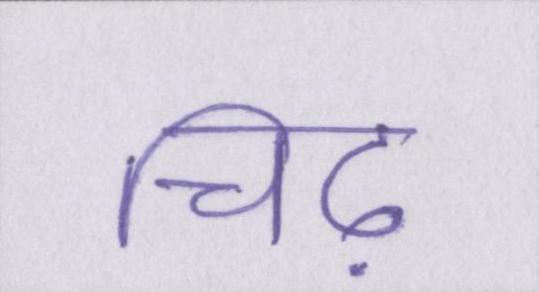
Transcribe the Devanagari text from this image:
चिढ़